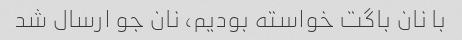
با نان باگت خواسته بودیم، نان جو ارسال شد